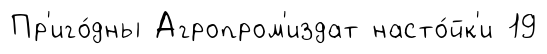
Пр'иго́дны Агропром'издат насто́йк'и 19